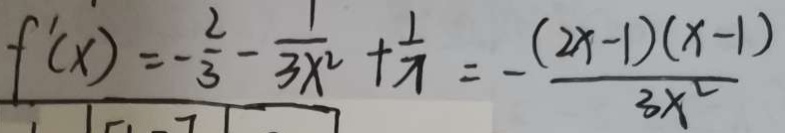
f ^ { \prime } ( x ) = - \frac { 2 } { 3 } - \frac { 1 } { 3 x ^ { 2 } } + \frac { 1 } { x } = - \frac { ( 2 x - 1 ) ( x - 1 ) } { 3 x ^ { 2 } }